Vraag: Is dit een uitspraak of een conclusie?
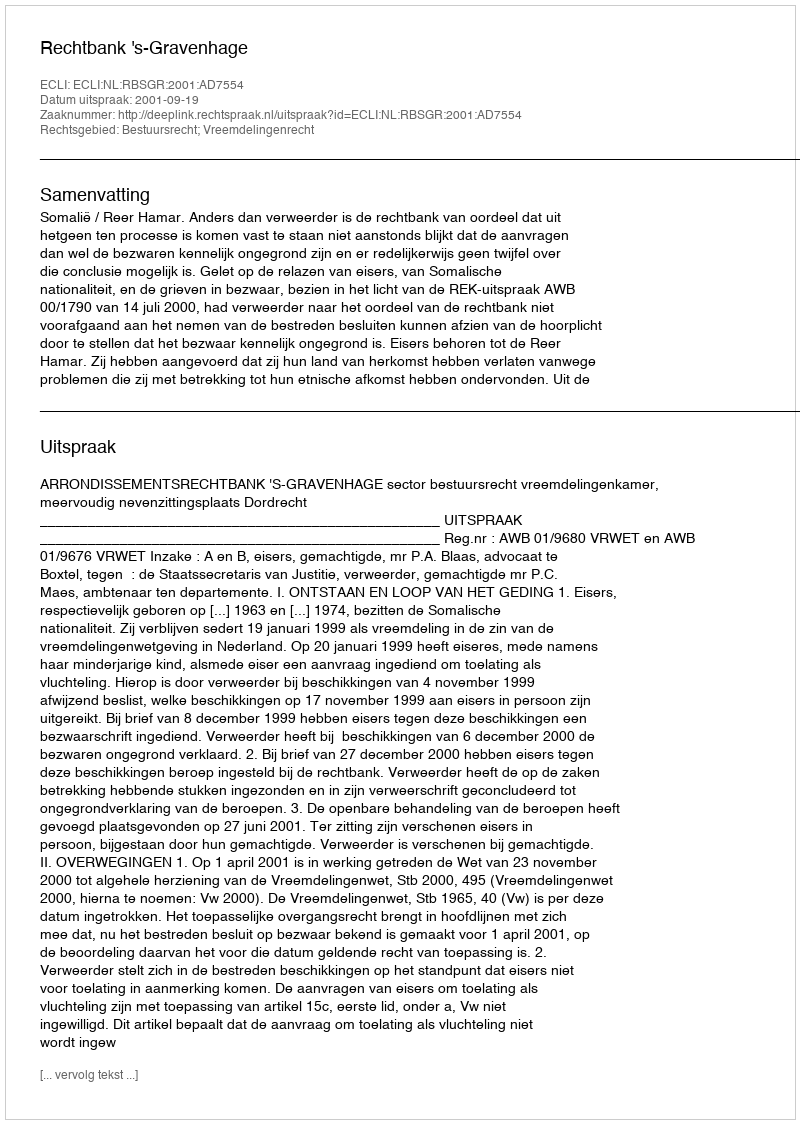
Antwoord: Uitspraak